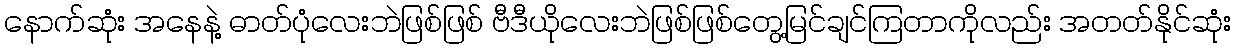
နောက်ဆုံး အနေနဲ့ ဓာတ်ပုံလေးဘဲဖြစ်ဖြစ် ဗီဒီယိုလေးဘဲဖြစ်ဖြစ်တွေ့မြင်ချင်ကြတာကိုလည်း အတတ်နိုင်ဆုံး